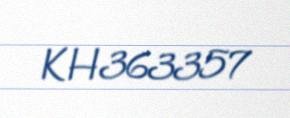
KH363357